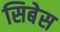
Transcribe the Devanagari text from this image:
सिबेस